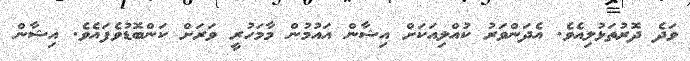
ވަދެ ދޮރުތަޅުލިއެވެ. އެދަންވަރު ކުއްލިއަކަށް އިޝާން އައުމުން މާމަހުރީ ވަރަށް ކަންބޮޑުވެފައެވެ. އިޝާން